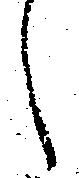
候